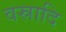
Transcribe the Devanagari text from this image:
वस्रादि